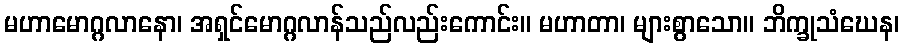
မဟာမောဂ္ဂလာနော၊ အရှင်မောဂ္ဂလာန်သည်လည်းကောင်း။ မဟာတာ၊ များစွာသော။ ဘိက္ခုသံဃေန၊